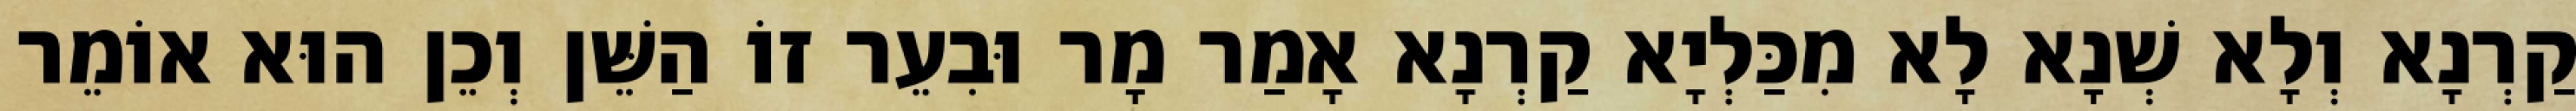
קַרְנָא וְלָא שְׁנָא לָא מִכַּלְיָא קַרְנָא אָמַר מָר וּבִעֵר זוֹ הַשֵּׁן וְכֵן הוּא אוֹמֵר